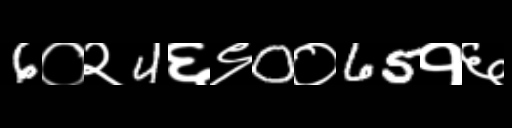
Text: 6०२4६९0०65१६